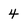
Character: 4